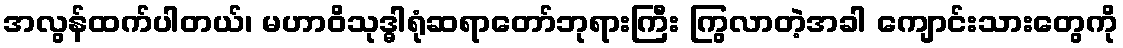
အလွန်ထက်ပါတယ်၊ မဟာဝိသုဒ္ဓါရုံဆရာတော်ဘုရားကြီး ကြွလာတဲ့အခါ ကျောင်းသားတွေကို